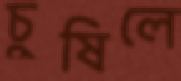
চুষিলে